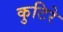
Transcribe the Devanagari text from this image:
कुटिरे